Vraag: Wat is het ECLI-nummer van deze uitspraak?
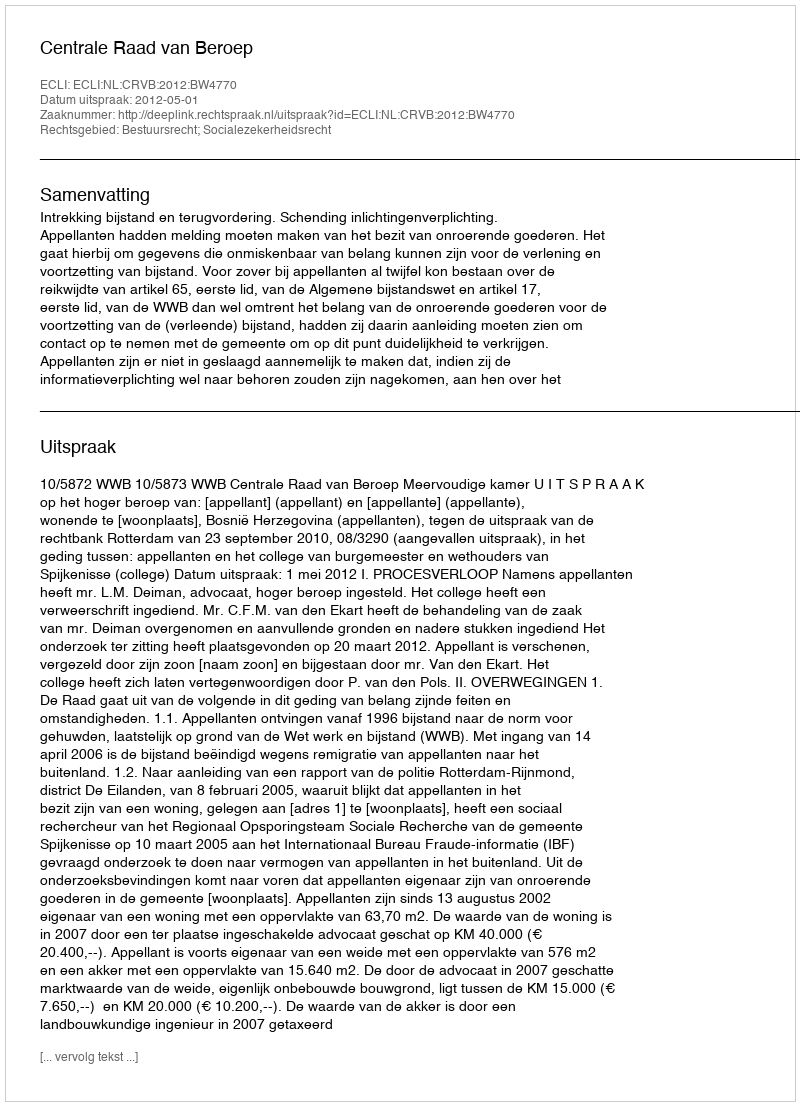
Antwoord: ECLI:NL:CRVB:2012:BW4770